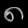
Digit: ၈